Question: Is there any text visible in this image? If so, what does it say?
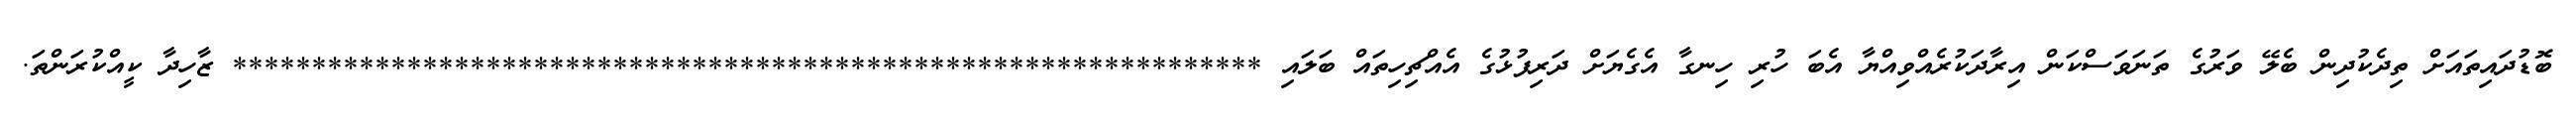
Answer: ބޮޑުދައިތައަށް ތިދެކުދިން ބެލޭ ވަރުގެ ތަނަވަސްކަން އިރާދަކުރެއްވިއްޔާ އެބަ ހުރި ހިނގާ އެގެޔަށް ދަރިފުޅުގެ އެއްޗިހިތައް ބަލައި ***************************************************************** ޒާހިދާ ކީއްކުރަންތަ.